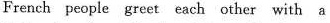
French people greet each other with a